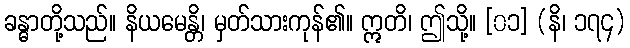
ခန္ဓာတို့သည်။ နိယမေန္တိ၊ မှတ်သားကုန်၏။ ဣတိ၊ ဤသို့။ [၀၁] (နိ၊ ၁၇၄)